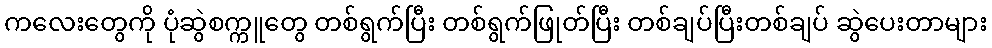
ကလေးတွေကို ပုံဆွဲစက္ကူတွေ တစ်ရွက်ပြီး တစ်ရွက်ဖြုတ်ပြီး တစ်ချပ်ပြီးတစ်ချပ် ဆွဲပေးတာများ